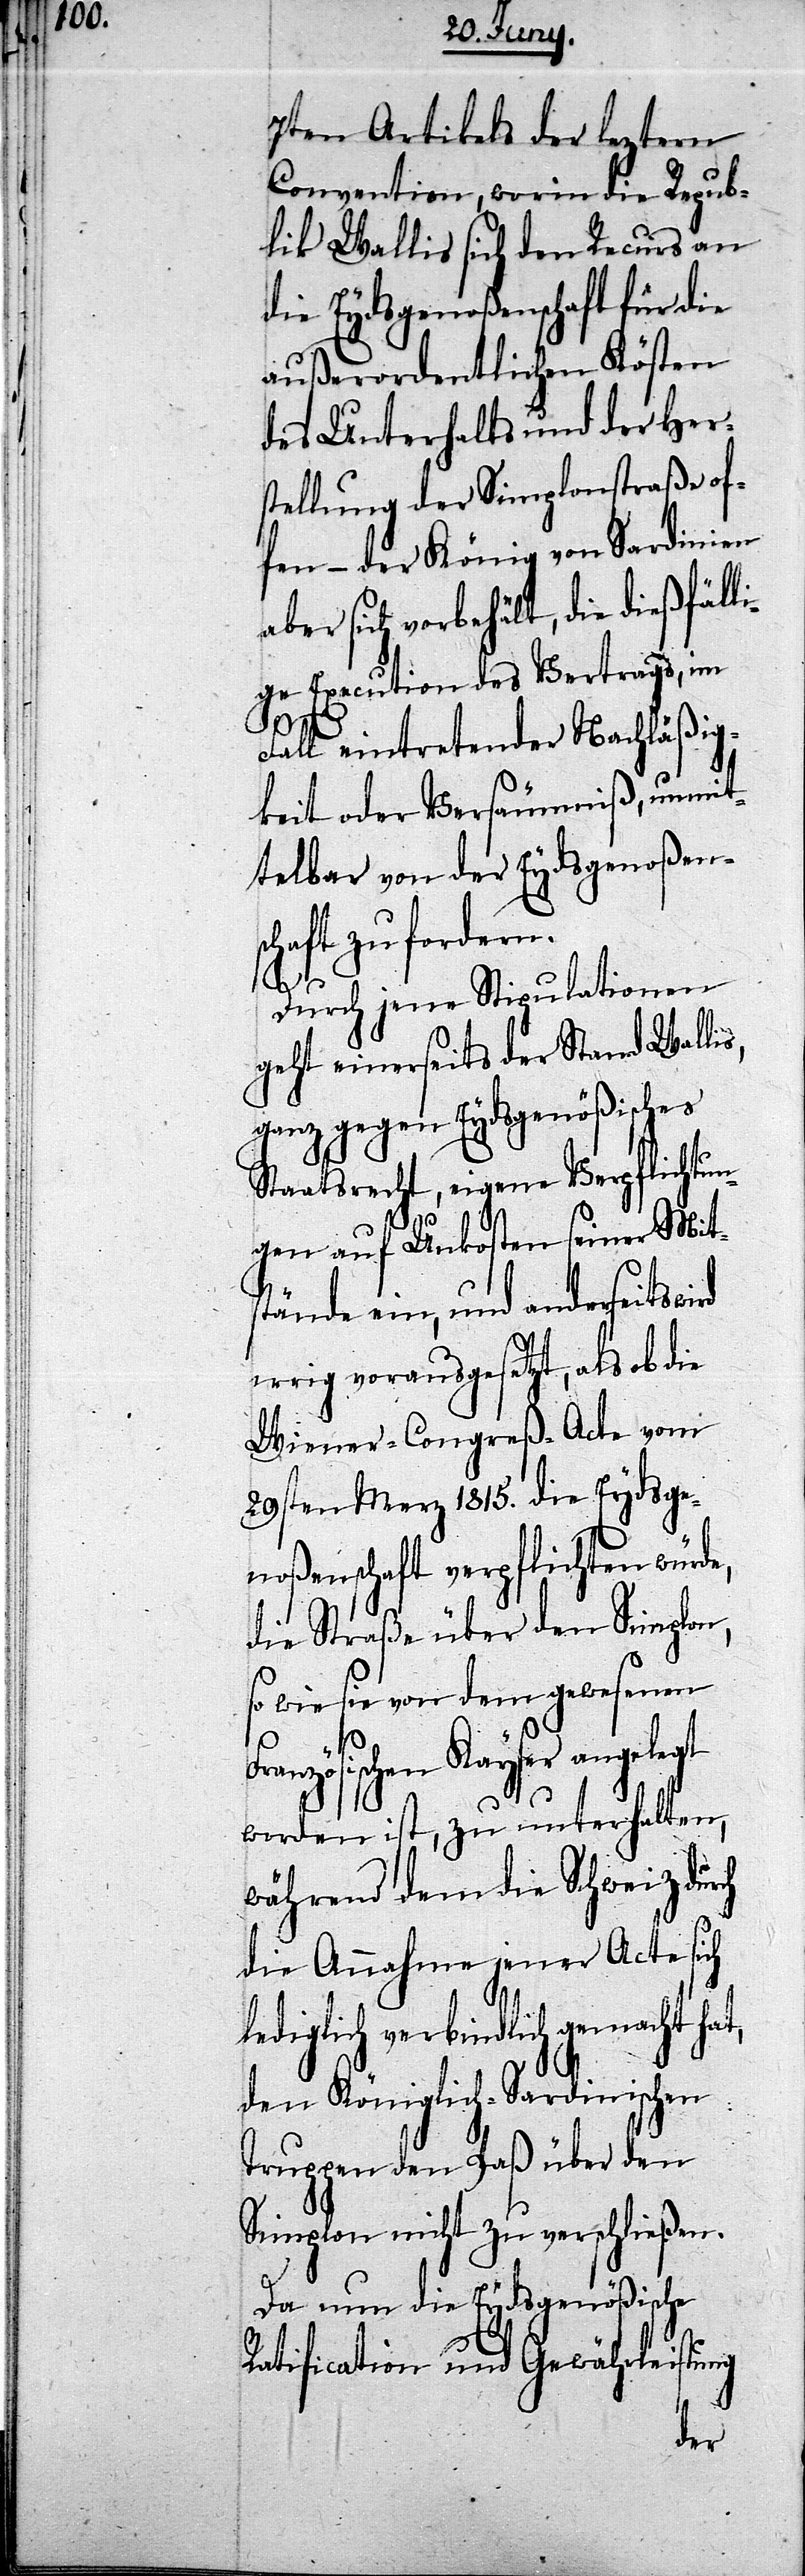
7ten Artikels der lezten
Convention, worin die Repub¬
lik Wallis sich den Recurs an
die Eydsgenoßenschaft für die
außerordentlichen Kösten
des Unterhalts und der Her¬
stellung der Simplonstraße of¬
fen – der König von Sardinien
ber sich vorbehält, die dießfäll¬
lige Execution des Vertrags, im
a¬
Fall eintretender Nachläßig¬
keit oder Versäummniß, unmit¬
telbar von der Eydsgenoßensc¬
haft zu fordern.
Durch jene Stipulationen
geht einerseits der Stand Wallis,
ganz gegen Eydsgenößisches
Staatsrecht, eigene Verpflichtun¬
gen auf Unkosten seiner Mit¬
stände ein, und anderseits
irrig vorausgesetzt, als ob die
Wiener-Congreß-Acte vom
29sten Merz 1815. die Eydsge¬
noßenschaft verpflichten würde,
die Straße über den Simplon,
so wie sie von dem gewesenen
Französischen Kayser angelegt
worden ist, zu unterhalten,
während dem die Schweiz durch
die Annahme jener Acte sich
lediglich verbindlich gemacht hat,
den Königlich-Sardinischen
Truppen den Paß über den
Simplon nicht zu verschließen.
Da nun die Eydsgenößische
Ratification und Gewährleistung